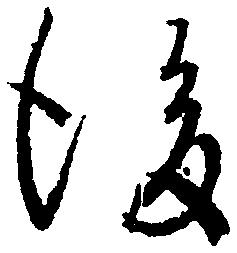
後